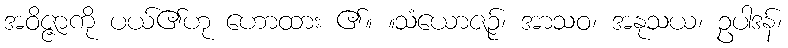
အဝိဇ္ဇာကို ပယ်၏ဟု ဟောထား ၏။ ။သံယောဇဉ်၊ အာသဝ၊ အနုသယ၊ ဥပါဒန်၊